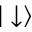
| \downarrow \rangle